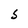
Character: S